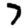
Digit: 7